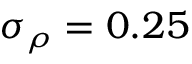
\sigma _ { \rho } = 0 . 2 5